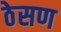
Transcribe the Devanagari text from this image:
ठेसण